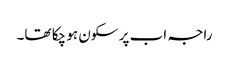
راجہ اب پر سکون ہو چکا تھا۔